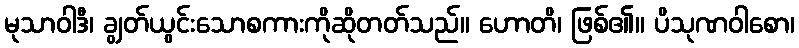
မုသာဝါဒီ၊ ချွတ်ယွင်းသောစကားကိုဆိုတတ်သည်။ ဟောတိ၊ ဖြစ်၏။ ပိသုဏဝါစော၊